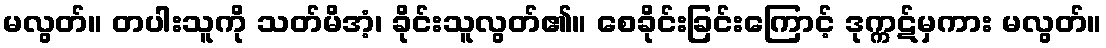
မလွတ်။ တပါးသူကို သတ်မိအံ့၊ ခိုင်းသူလွတ်၏။ စေခိုင်းခြင်းကြောင့် ဒုက္ကဋ်မှကား မလွတ်။